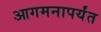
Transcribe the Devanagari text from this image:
आगमनापर्यंत